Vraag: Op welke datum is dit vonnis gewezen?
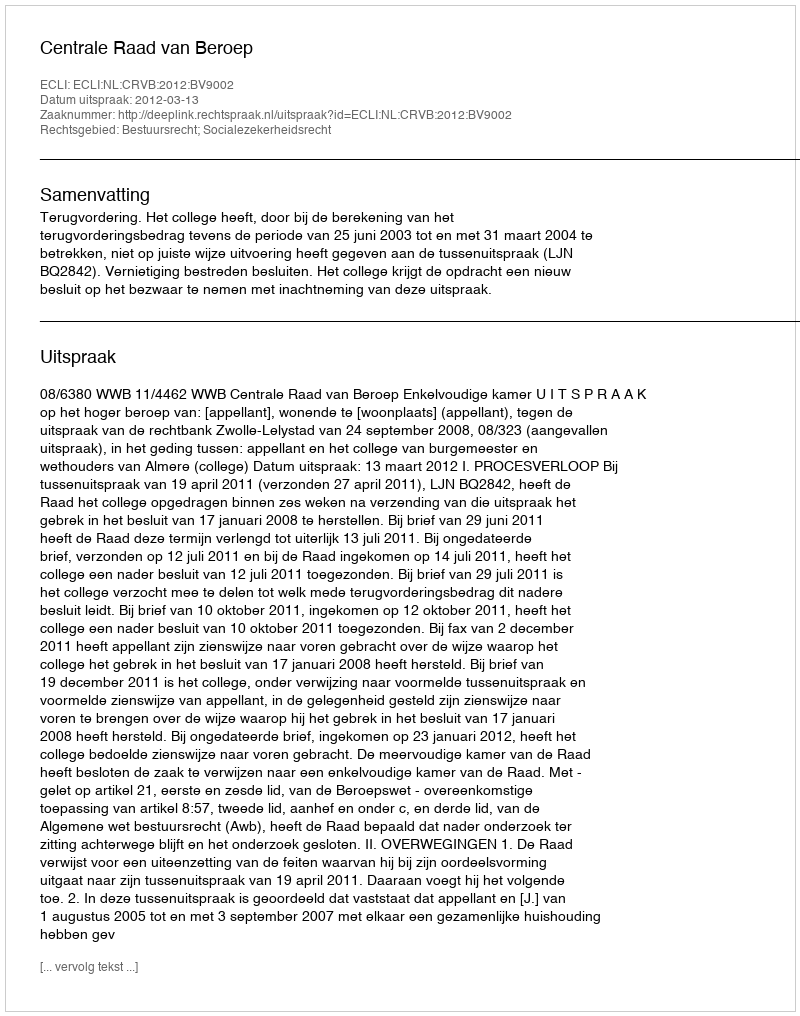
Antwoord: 2012-03-13